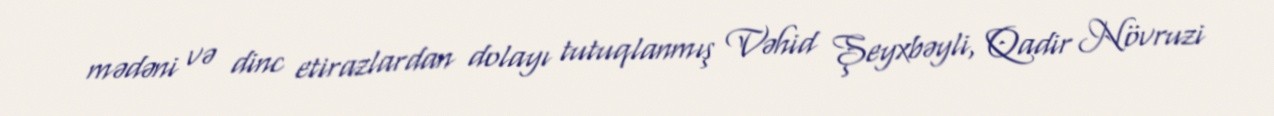
mədəni və dinc etirazlardan dolayı tutuqlanmış Vəhid Şeyxbəyli, Qadir Növruzi